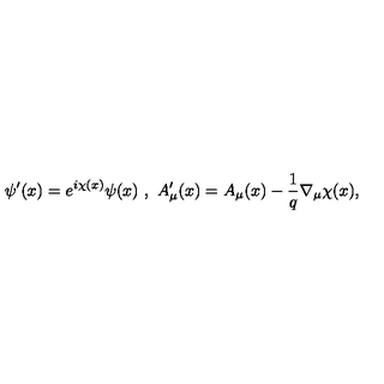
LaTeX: \psi ^ { \prime } ( x ) = e ^ { i \chi ( x ) } \psi ( x ) \ , \ A _ { \mu } ^ { \prime } ( x ) = A _ { \mu } ( x ) - \frac { 1 } { q } \nabla _ { \mu } \chi ( x ) ,